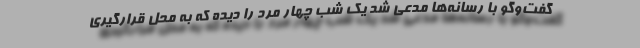
گفت‌وگو با رسانه‌ها مدعی شد یک شب چهار مرد را دیده که به محل قرارگیری